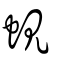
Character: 蜆